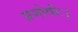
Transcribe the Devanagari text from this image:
प्रमोषीः।